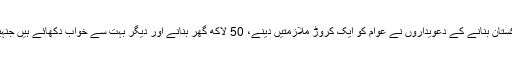
قمر زمان کائرہ نے کہا کہ نئے پاکستان بنانے کے دعویداروں نے عوام کو ایک کروڑ ملازمتیں دینے، 50 لاکھ گھر بنانے اور دیگر بہت سے خواب دکھائے ہیں جنہیں اب پورا کرنے کا وقت آ گیا ہے۔